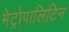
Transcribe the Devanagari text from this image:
मेट्रोपालिटिन